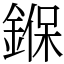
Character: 𨩚